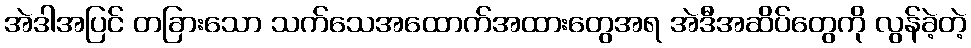
အဲဒါအပြင် တခြားသော သက်သေအထောက်အထားတွေအရ အဲဒီအဆိပ်တွေကို လွန်ခဲ့တဲ့